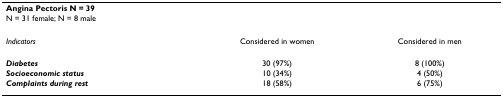
| Angina Pectoris N = 39 |  |  |
 | N = 31 female; N = 8 male |  |  |
 | --- | --- | --- |
 | Indicators | Considered in women | Considered in men |
 | Diabetes | 30 (97%) | 8 (100%) |
 | Socioeconomic status | 10 (34%) | 4 (50%) |
 | Complaints during rest | 18 (58%) | 6 (75%) |